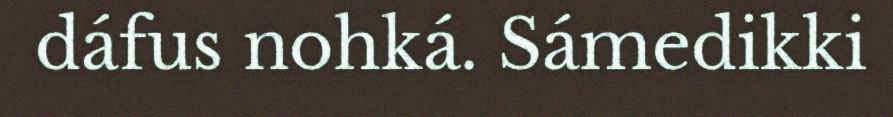
dáfus nohká. Sámedikki